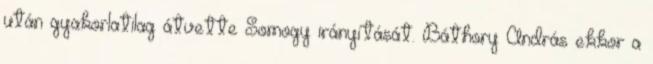
után gyakorlatilag átvette Somogy irányítását. Báthory András ekkor a